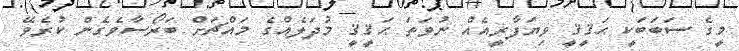
މީގެ ސަބަބަކީ ޙަޤީޤީ ވިޔަފާރީއެއް ނުވަތަ ޙަޤީޤީ މުދަލެއްގެ މައްޗަށް ބަރޯސާވެގެން ކުރެވޭ